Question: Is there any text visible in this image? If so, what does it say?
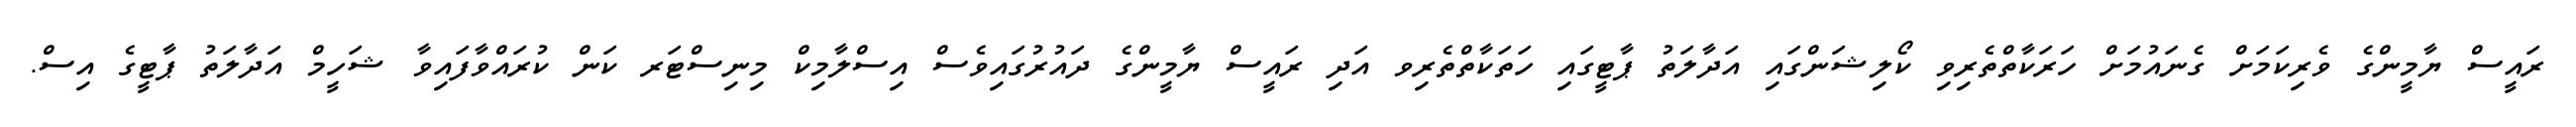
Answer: ރައީސް ޔާމީންގެ ވެރިކަމަށް ގެނައުމަށް ހަރަކާތްތެރިވި ކޯލިޝަންގައި އަދާލަތު ޕާޓީގައި ހަތަކާތްތެރިވ އަދި ރައީސް ޔާމީންގެ ދައުރުގައިވެސް އިސްލާމިކް މިނިސްޓަރ ކަން ކުރައްވާފައިވާ ޝަހީމް އަދާލަތު ޕާޓީގެ އިސް.